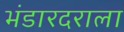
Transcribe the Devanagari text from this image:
भंडारदराला